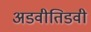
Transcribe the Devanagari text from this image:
अडवीतिडवी